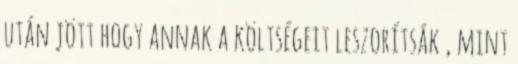
után jött hogy annak a költségeit leszorítsák , mint